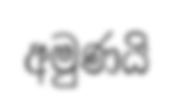
අමුණයි